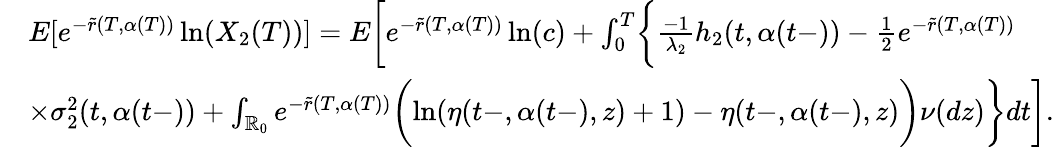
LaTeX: \begin{array}{rl}&{E[e^{-\tilde{r}(T,\alpha(T))}\ln(X_{2}(T))]=E\biggl[e^{-\tilde{r}(T,\alpha(T))}\ln(c)+\int_{0}^{T}\biggl\{ \frac{-1}{\lambda_{2}}h_{2}(t,\alpha(t-))-\frac{1}{2}e^{-\tilde{r}(T,\alpha(T))}}\\ &{\times\sigma_{2}^{2}(t,\alpha(t-))+\int_{\mathbb{R}_{0}}e^{-\tilde{r}(T,\alpha(T))}\biggl(\ln(\eta(t-,\alpha(t-),z)+1)-\eta(t-,\alpha(t-),z)\biggr)\nu(dz)\biggr\} dt\biggr].}\end{array}